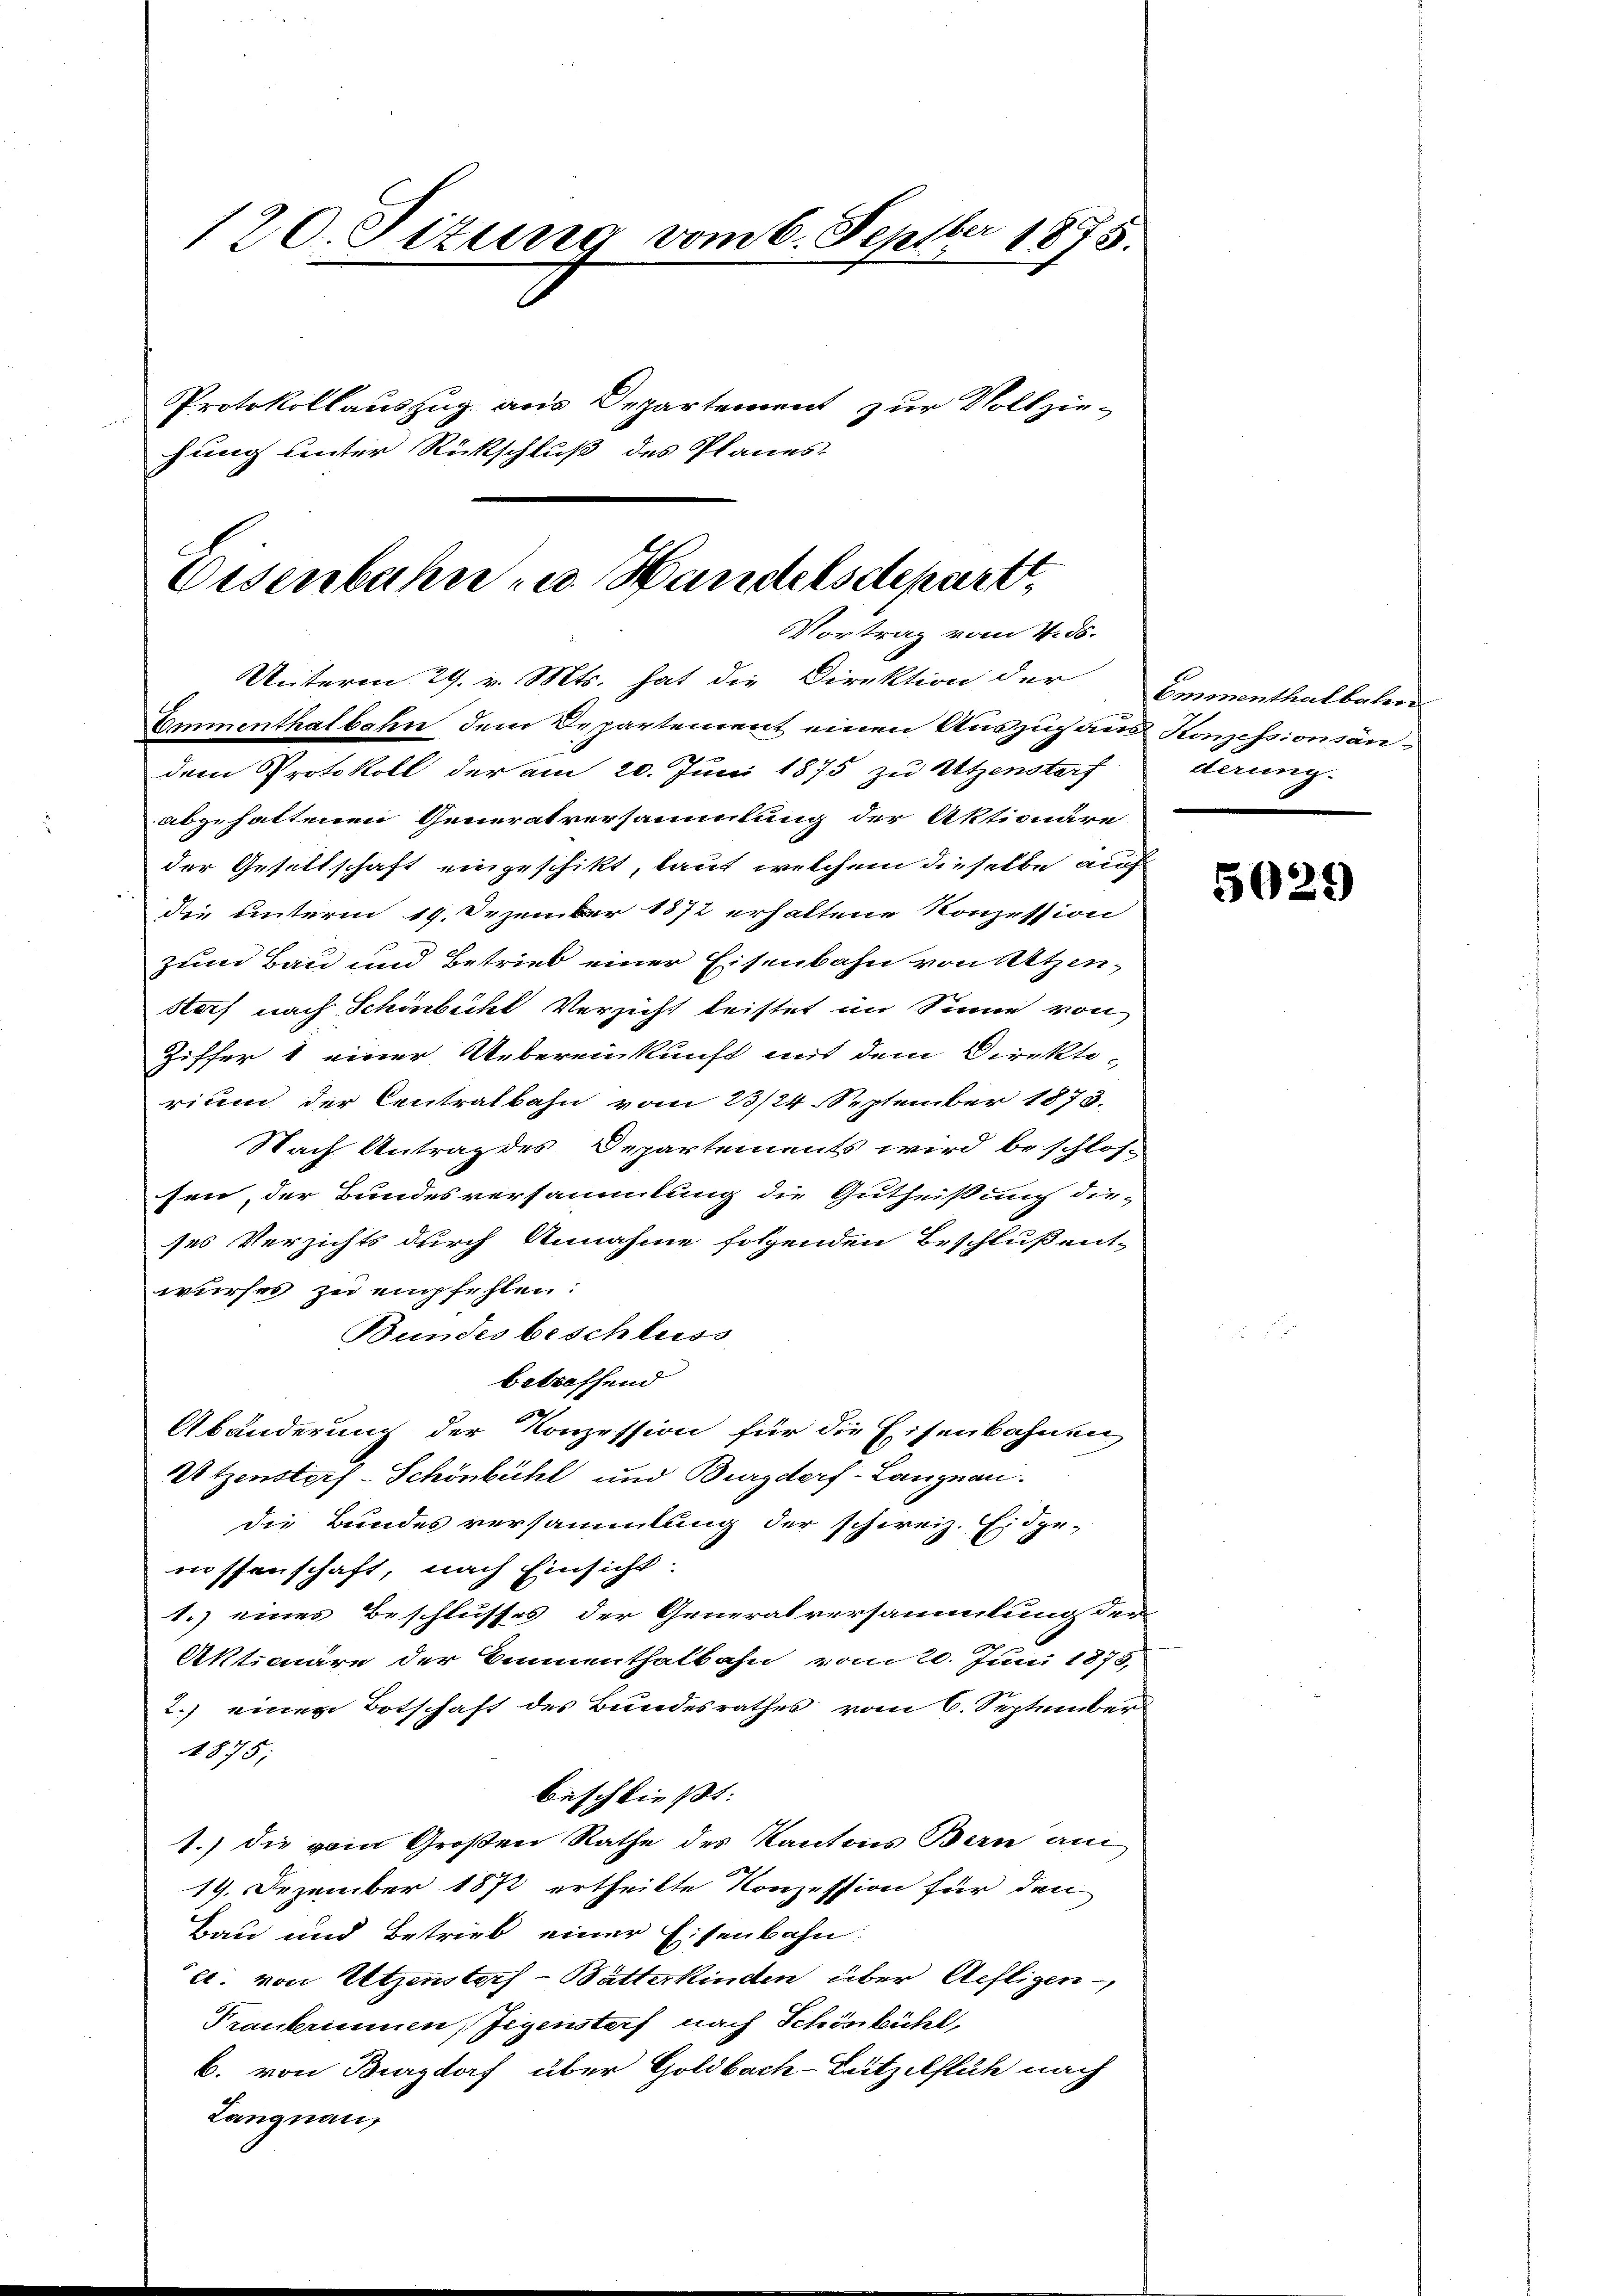
120. Situng vom 6. Septbr 1875.
Protokollauszug aus Departement zur Vollzie-
fung unter Rückschluß des Planes.

Eisenbahn u. Handelsdepart
Vortrag vom 4. ds.
Unterm 29. v. Mts. hat die Direktion der Emmenthalbalen
Emmenthalbahn, dem Departement einen Auszug aus Konzessionsän¬

dem Protokoll der am 20. Juni 1875 zu Utzenstorf
abgehaltenen Generalversammlung der Aktionäre
der Gesittschaft eingeschikt, laut welchem dieselbe auf
die unterm 19. Dezember 1872 erhaltene Konzession
zum Bau und Betrieb einer Eisenbahn von Nutzen,
storf nach Schönbicht Versicht leistet im Sinne von
Ziffer 1 einer Uebereinkunft mit dem Direkti-
rium der Centralbahn vom 23/24 September 1873.
Nach Antrag des Departements wird beschlos-
sen, der Bundesversammlung die Gutheißung die-
ses Verzichts durch Annahme folgenden Beschluß ent-
wurfes zu empfehlen:
Bundes beschluss
betreffend
Abänderung der Konzession für die Eisenbahnen
Utzensterf-Schönbühl und Burgdorf-Langnau.
die Bundes versammlung der schweiz. Eidge-
nissenschaft, nach Einsicht:
1.) eines Beschlusses der Generalversammlung der
Aktionäre der Bennenthalbahn vom 20. Juni 1873,
2.) einen Botschaft des Bundesrathes vom 6. September
1875;
beschließt:
1.) die vom Großen Rathe des Kantons Bern am
19. Dezember 1872 ertheilte Konzession für den
Bau und Betrieb einer Eisenbahn:
ec. von Eltzenstorf - Batterkinden über Aefligen-
Frankrinnen, Gegenstorf nach Schönbühl,
b. von Burgdorf über Goldbach-Rützelflüh nach
Langnau

derung.

5029